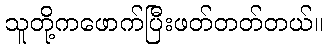
သူတို့ကဖောက်ပြီးဖတ်တတ်တယ်။